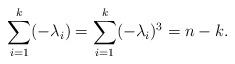
LaTeX: \begin{align*}\sum_{i=1}^k(-\lambda_i)=\sum_{i=1}^k (-\lambda_i)^3=n-k.\end{align*}